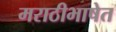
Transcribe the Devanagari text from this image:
मराठीभाषेत